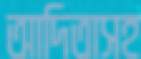
আদিতাসহ